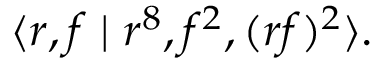
\langle r , f \mid r ^ { 8 } , f ^ { 2 } , ( r f ) ^ { 2 } \rangle .